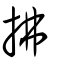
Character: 拂